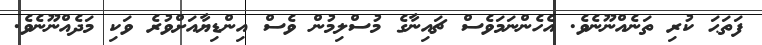
ފަތަޙަ ކުރި ތަނެއްނޫނެވެ. އެހެންނަމަވެސް ޗައިނާގެ މުސްލިމުން ވެސް އިންޑިޔާއަށްވުރެ ވަކި މަދެއްނޫނެވެ.